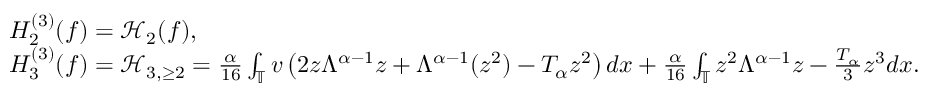
\begin{array} { r l } & { H _ { 2 } ^ { ( 3 ) } ( f ) = \mathcal { H } _ { 2 } ( f ) , } \\ & { H _ { 3 } ^ { ( 3 ) } ( f ) = \mathcal { H } _ { 3 , \ge 2 } = \frac { \alpha } { 1 6 } \int _ { \mathbb { T } } v \left( 2 z \Lambda ^ { \alpha - 1 } z + \Lambda ^ { \alpha - 1 } ( z ^ { 2 } ) - T _ { \alpha } z ^ { 2 } \right) d x + \frac { \alpha } { 1 6 } \int _ { \mathbb { T } } z ^ { 2 } \Lambda ^ { \alpha - 1 } z - \frac { T _ { \alpha } } { 3 } z ^ { 3 } d x . } \end{array}